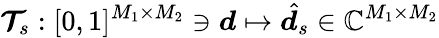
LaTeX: \boldsymbol{\mathcal{T}}_{s}:[0,1]^{M_{1}\times M_{2}}\ni\boldsymbol{d}\mapsto\hat{\boldsymbol{d}}_{s}\in\mathbb{C}^{M_{1}\times M_{2}}